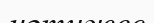
нәтижес